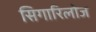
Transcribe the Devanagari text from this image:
सिगारिलोज